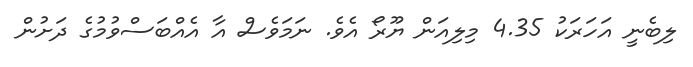
ލިބެނީ އަހަރަކު 4.35 މިލިއަން ޔޫރޯ އެވެ. ނަމަވެސް އާ އެއްބަސްވުމުގެ ދަށުން